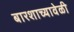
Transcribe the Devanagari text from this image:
बारशाच्यावेळी